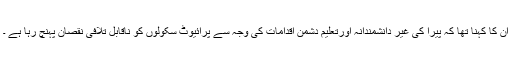
ان کا کہنا تھا کہ پیرا کی غیر دانشمندانہ اورتعلیم دشمن اقدامات کی وجہ سے پرائیوٹ سکولوں کو ناقابل تلافی نقصان پہنچ رہا ہے ۔